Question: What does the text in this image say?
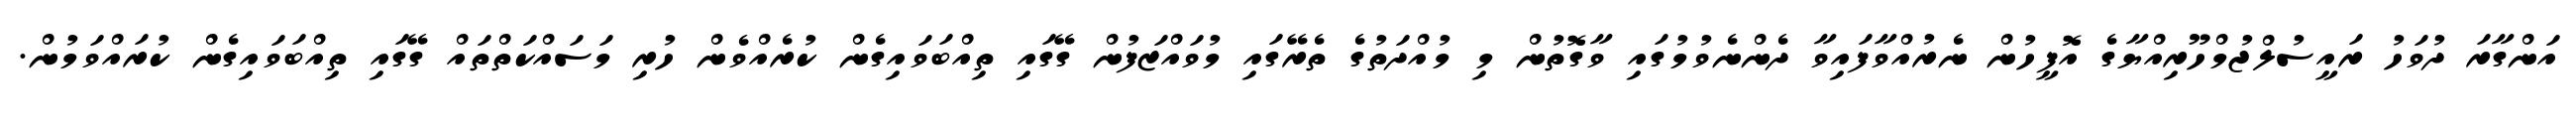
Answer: އަންގާރަ ދުވަހު ރައީސުލްޖުމްހޫރިއްޔާގެ އޮފީހުން ނެރުއްވާފައިވާ ދެންނެވުމުގައި ވާގޮތުން މި މުއްދަތުގެ ތެރޭގައި މުވައްޒަފުން ގޭގައި ތިއްބަވައިގެން ކުރެއްވެން ހުރި މަސައްކަތްތައް ގޭގައި ތިއްބަވައިގެން ކުރައްވަމުން.